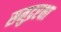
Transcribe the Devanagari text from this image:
समुद्ररक्षा